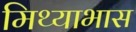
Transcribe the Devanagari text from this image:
मिथ्याभास